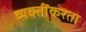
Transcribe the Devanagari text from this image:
व्यक्तींकरता